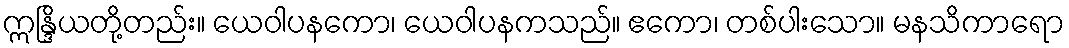
ဣန္ဒြိယတို့တည်း။ ယေဝါပနကော၊ ယေဝါပနကသည်။ ဧကော၊ တစ်ပါးသော။ မနသိကာရော